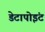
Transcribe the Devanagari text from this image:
डेटापोइंट